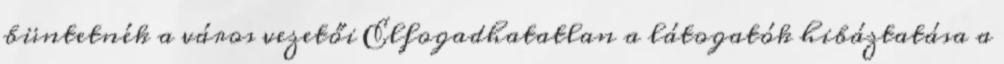
büntetnék a város vezetői Elfogadhatatlan a látogatók hibáztatása a